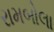
રામબોલા